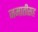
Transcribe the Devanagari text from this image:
जमातीसह